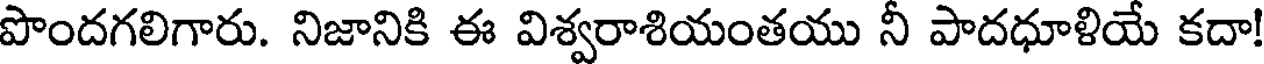
పొందగలిగారు. నిజానికి ఈ విశ్వరాశియంతయు నీ పాదధూళియే కదా